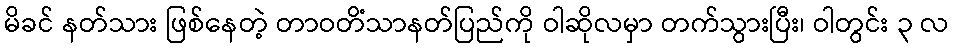
မိခင် နတ်သား ဖြစ်နေတဲ့ တာဝတိံသာနတ်ပြည်ကို ဝါဆိုလမှာ တက်သွားပြီး၊ ဝါတွင်း ၃ လ